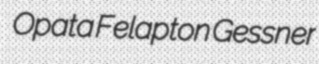
Opata Felapton Gessner